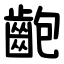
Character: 齙